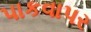
પાકવાપર